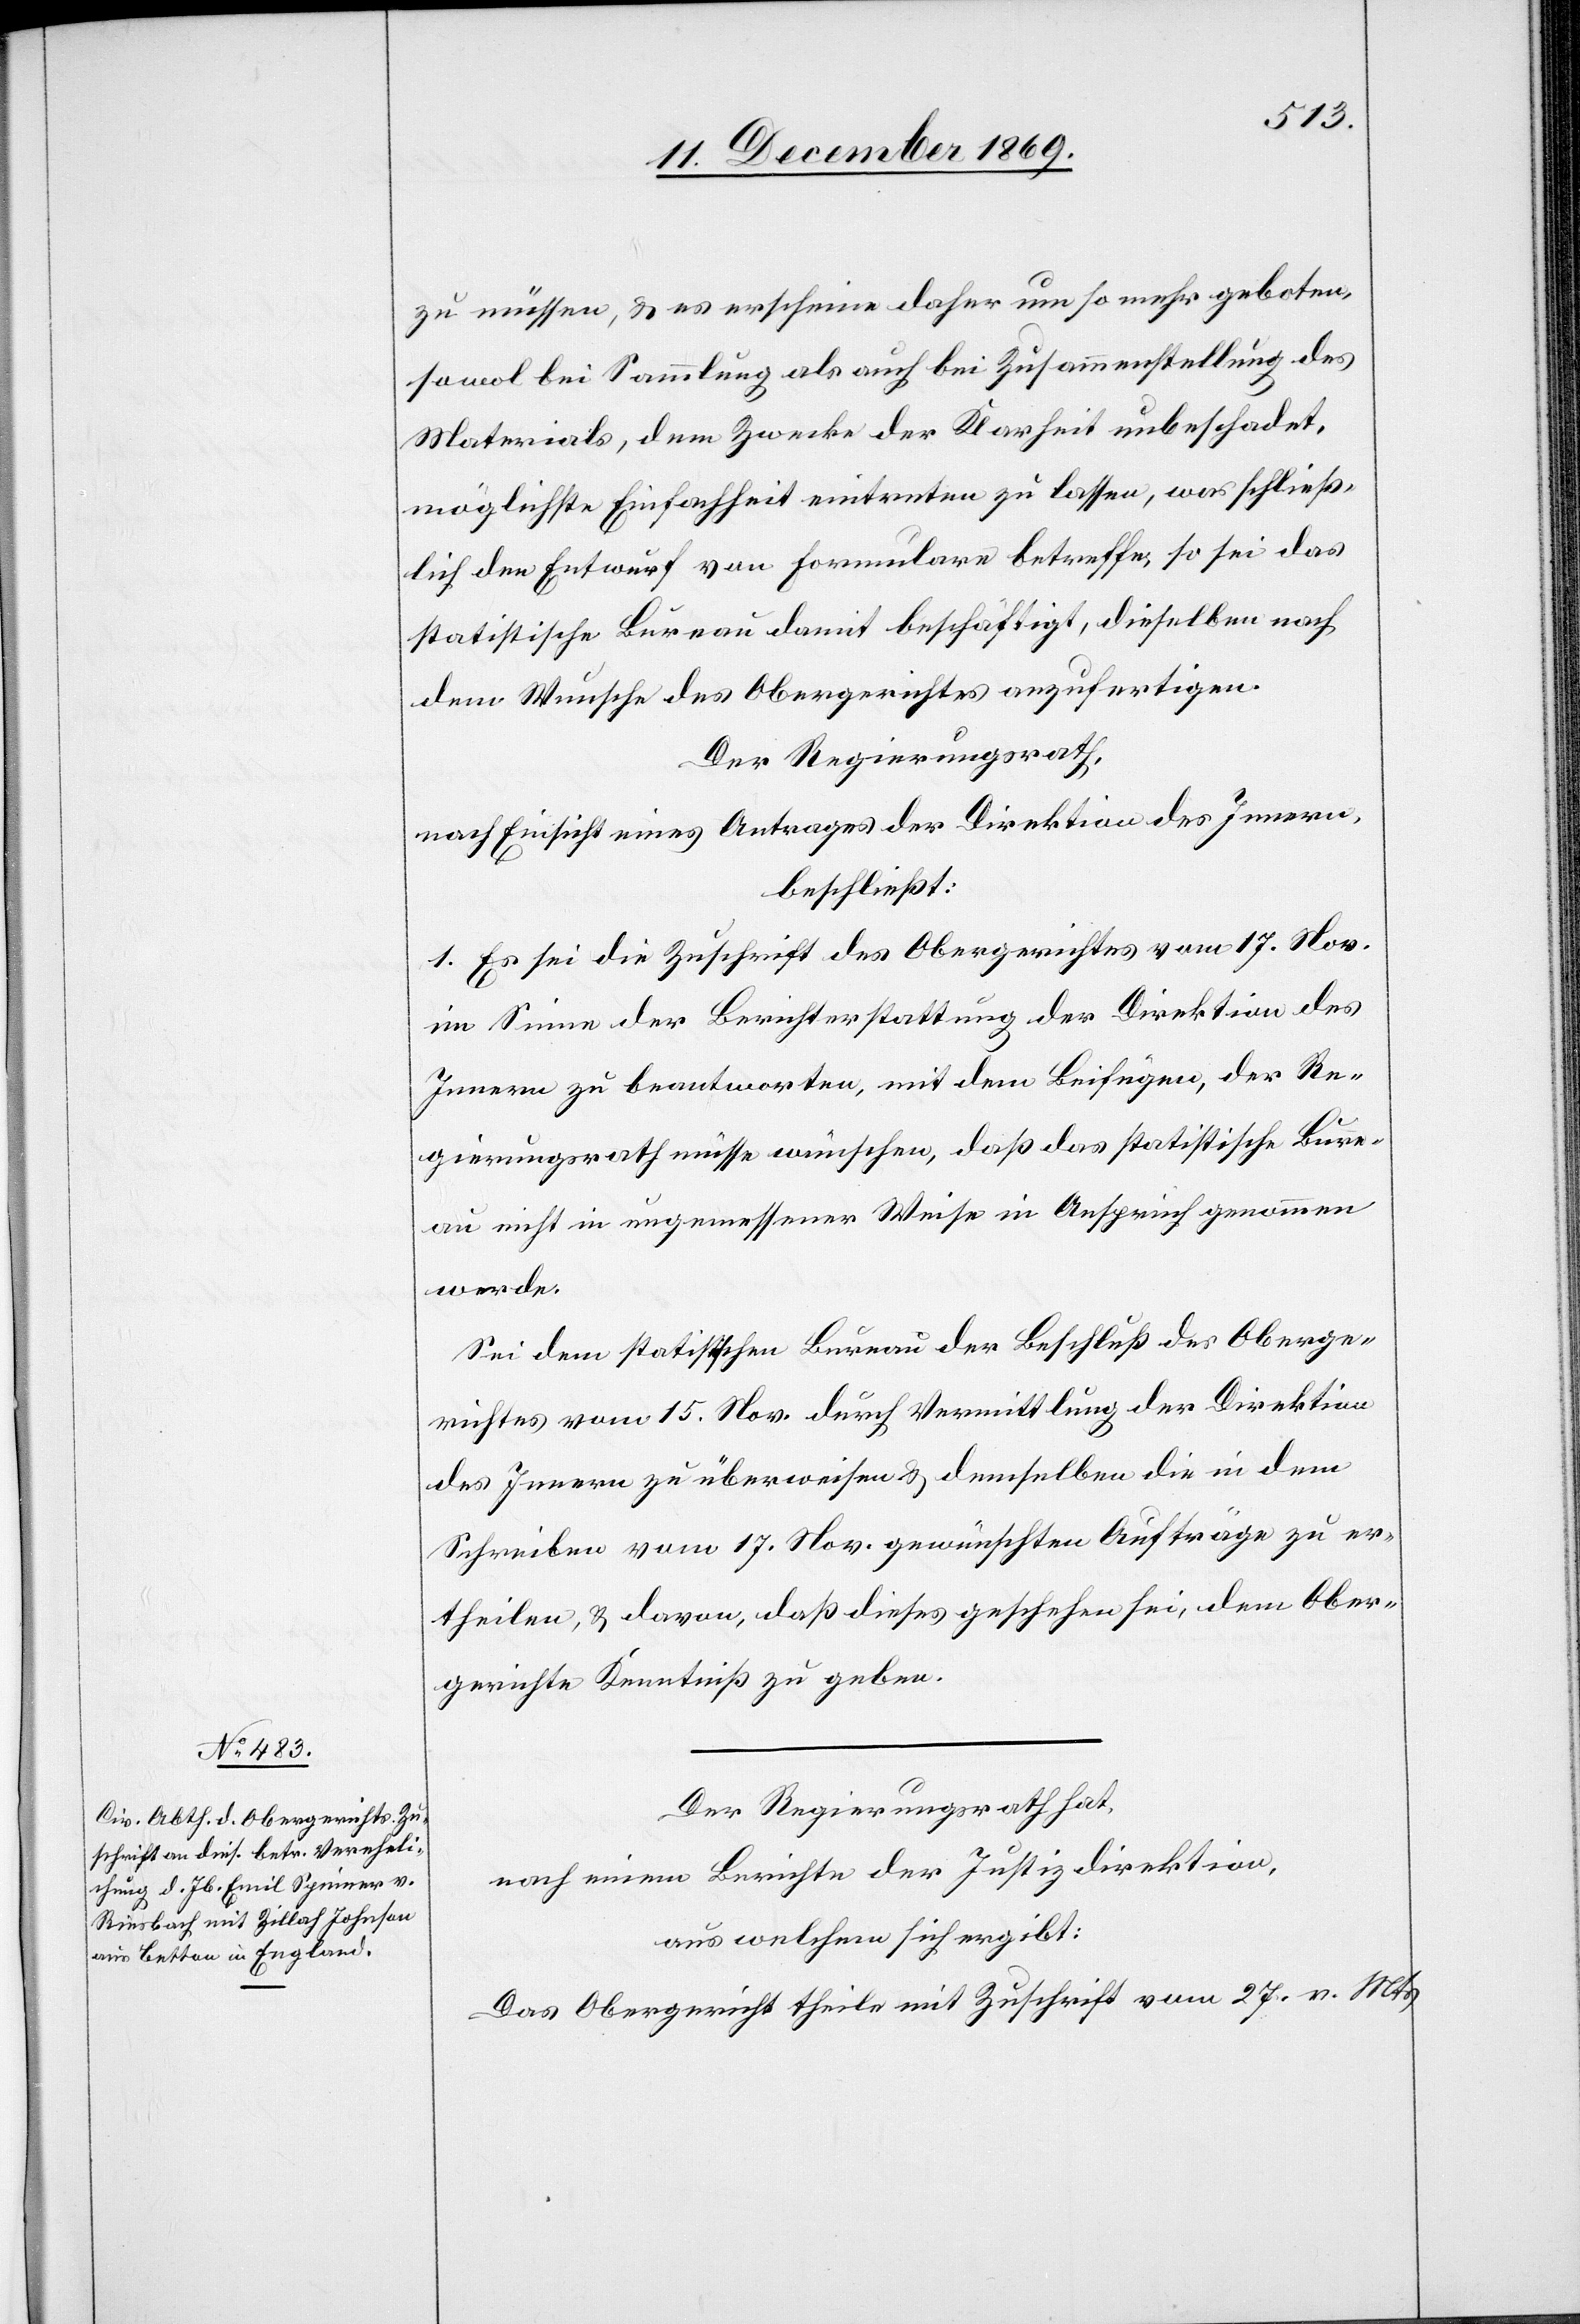
zu müssen, & es erscheine daher um so mehr geboten,
sowol bei Sammlung als auch bei Zusammenstellung des
Materials, dem Zwecke der Klarheit unbeschadet,
möglichste Einfachheit eintreten zu lassen, was schließ¬
lich den Entwurf von Formulare betreffe, so sei das
statistische Bureau damit beschäftigt, dieselben nach
dem Wunsche des Obergerichtes anzufertigen.
Der Regierungsrath,
nach Einsicht eines Antrages der Direktion des Innern,
beschließt:
1. Es sei die Zuschrift des Obergerichtes vom 17. Nov.
im Sinne der Berichterstattung der Direktion des
Innern zu beantworten, mit dem Beifügen, der Re¬
gierungsrath müsse wünschen, daß das statistische Bure¬
au nicht in un[an]gemessener Weise in Anspruch genommen
werde.
Sei dem statistischen Bureau der Beschluß des Oberge¬
richtes vom 15. Nov. durch Vermittlung der Direktion
des Innern zu überweisen & demselben die in dem
Schreiben vom 17. Nov. gewünschten Aufträge zu er¬
theilen, & davon, daß dieses geschehen sei, dem Ober¬
gerichte Kenntniß zu geben.
Der Regierungsrath hat,
nach einem Berichte der Justizdirektion,
aus welchem sich ergibt:
Das Obergericht theile mit Zuschrift vom 27. v. Mts